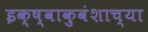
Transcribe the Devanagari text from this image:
इक्ष्वाकुवंशाच्या